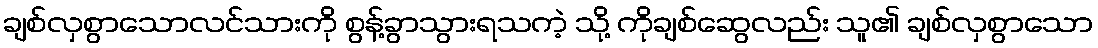
ချစ်လှစွာသောလင်သားကို စွန့်ခွာသွားရသကဲ့ သို့ ကိုချစ်ဆွေလည်း သူ၏ ချစ်လှစွာသော